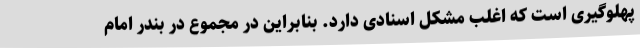
پهلوگیری است که اغلب مشکل اسنادی دارد. بنابراین در مجموع در بندر امام